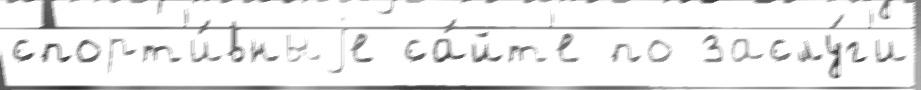
спорт'и́вныjе са́йт'е по заслу́г'и